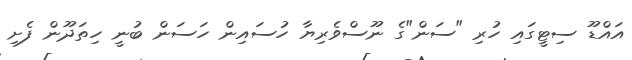
އައްޑޫ ސިޓީގައި ހުރި "ސަން"ގެ ނޫސްވެރިޔާ ހުސައިން ހަސަން ބުނީ ހިތަދޫން ފެށި